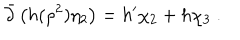
\bar { \partial } \left( h ( \rho ^ { 2 } ) \eta _ { 2 } \right) = h ^ { \prime } \chi _ { 2 } + h \chi _ { 3 } \ .